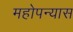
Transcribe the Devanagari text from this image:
महोपन्यास